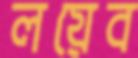
লয়েব